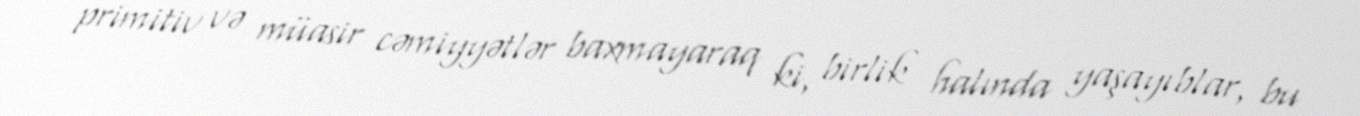
primitiv və müasir cəmiyyətlər baxmayaraq ki, birlik halında yaşayıblar, bu